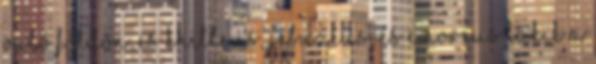
való földön, és Khitteus, Jebuzeus, és Emoreus lakik a